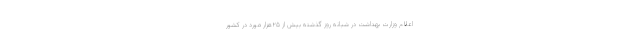
اعلام وزارت بهداشت در شبانه روز گذشته بیش از ۲۵هزار مورد در کشور